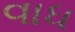
વાધ